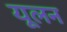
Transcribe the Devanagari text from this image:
यूलन